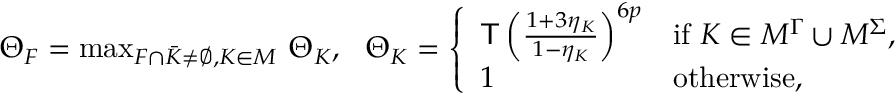
\begin{array} { r } { \Theta _ { F } = \operatorname* { m a x } _ { F \cap \bar { K } \not = \emptyset , K \in { \cal M } } \, \Theta _ { K } , \ \ \Theta _ { K } = \left\{ \begin{array} { l l } { \mathsf { T } \left( \frac { 1 + 3 \eta _ { K } } { 1 - \eta _ { K } } \right) ^ { 6 p } } & { \mathrm { i f ~ } K \in { \cal M } ^ { \Gamma } \cup { \cal M } ^ { \Sigma } , } \\ { 1 } & { \mathrm { o t h e r w i s e } , } \end{array} \right. } \end{array}